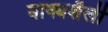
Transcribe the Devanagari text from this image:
वाक्यशैली